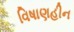
વિષાણહીન